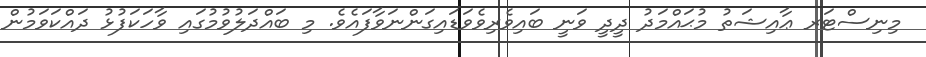
މިނިސްޓަރ ޢާއިޝަތު މުޙައްމަދު ދީދީ ވަނީ ބައިވެރިވެވަޑައިގަންނަވާފައެވެ. މި ބައްދަލުވުމުގައި ވާހަކަފުޅު ދައްކަވަމުން